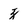
Character: z